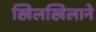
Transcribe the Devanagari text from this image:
खिलखिलाने